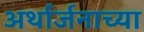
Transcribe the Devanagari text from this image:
अर्थार्जनाच्या